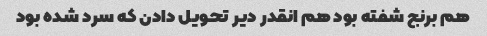
هم برنج شفته بود هم انقدر دیر تحویل دادن که سرد شده بود